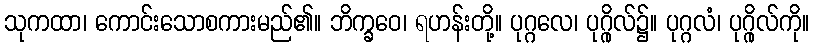
သုကထာ၊ ကောင်းသောစကားမည်၏။ ဘိက္ခဝေ၊ ရဟန်းတို့။ ပုဂ္ဂလေ၊ ပုဂ္ဂိုလ်၌။ ပုဂ္ဂလံ၊ ပုဂ္ဂိုလ်ကို။